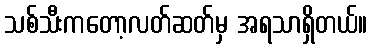
သစ်သီးကတော့လတ်ဆတ်မှ အရသာရှိတယ်။